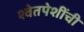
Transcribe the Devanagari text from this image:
श्वेतपेशींची